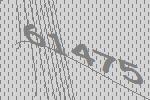
61475